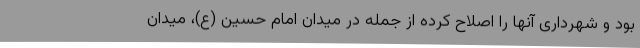
بود و شهرداری آنها را اصلاح کرده از جمله در میدان امام حسین (ع)، میدان